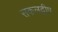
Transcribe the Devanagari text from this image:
सकलद्वीप